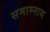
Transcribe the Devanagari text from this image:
समाम्नाय